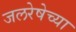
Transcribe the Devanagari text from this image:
जलरेषेच्या